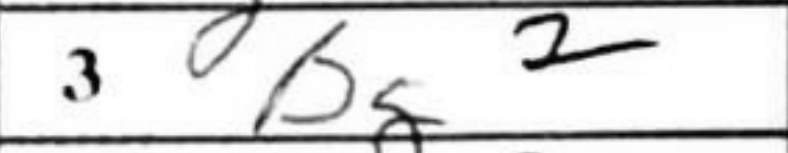
Transcription: bg2